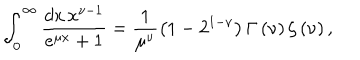
\int _ { 0 } ^ { \infty } \frac { d x \, x ^ { \nu - 1 } } { e ^ { \mu x } + 1 } = \frac { 1 } { \mu ^ { \nu } } \left( 1 - 2 ^ { 1 - \nu } \right) \Gamma \left( \nu \right) \zeta \left( \nu \right) ,